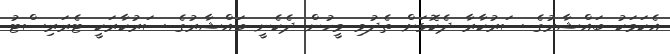
އެކަމަކު ބައްޝާރުގެ ސަރުކާރާ ދެކޮޅަށް ތެދުވި މީހުން ދެކެނީ ބައްޝާރުގެ ސަރުކާރަކީ ޓެރަރިސްޓު